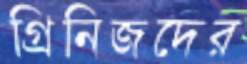
গ্রিনিজদের